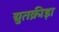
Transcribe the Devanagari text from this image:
द्युतक्रीड़ा